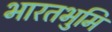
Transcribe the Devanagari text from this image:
भारतभुमि